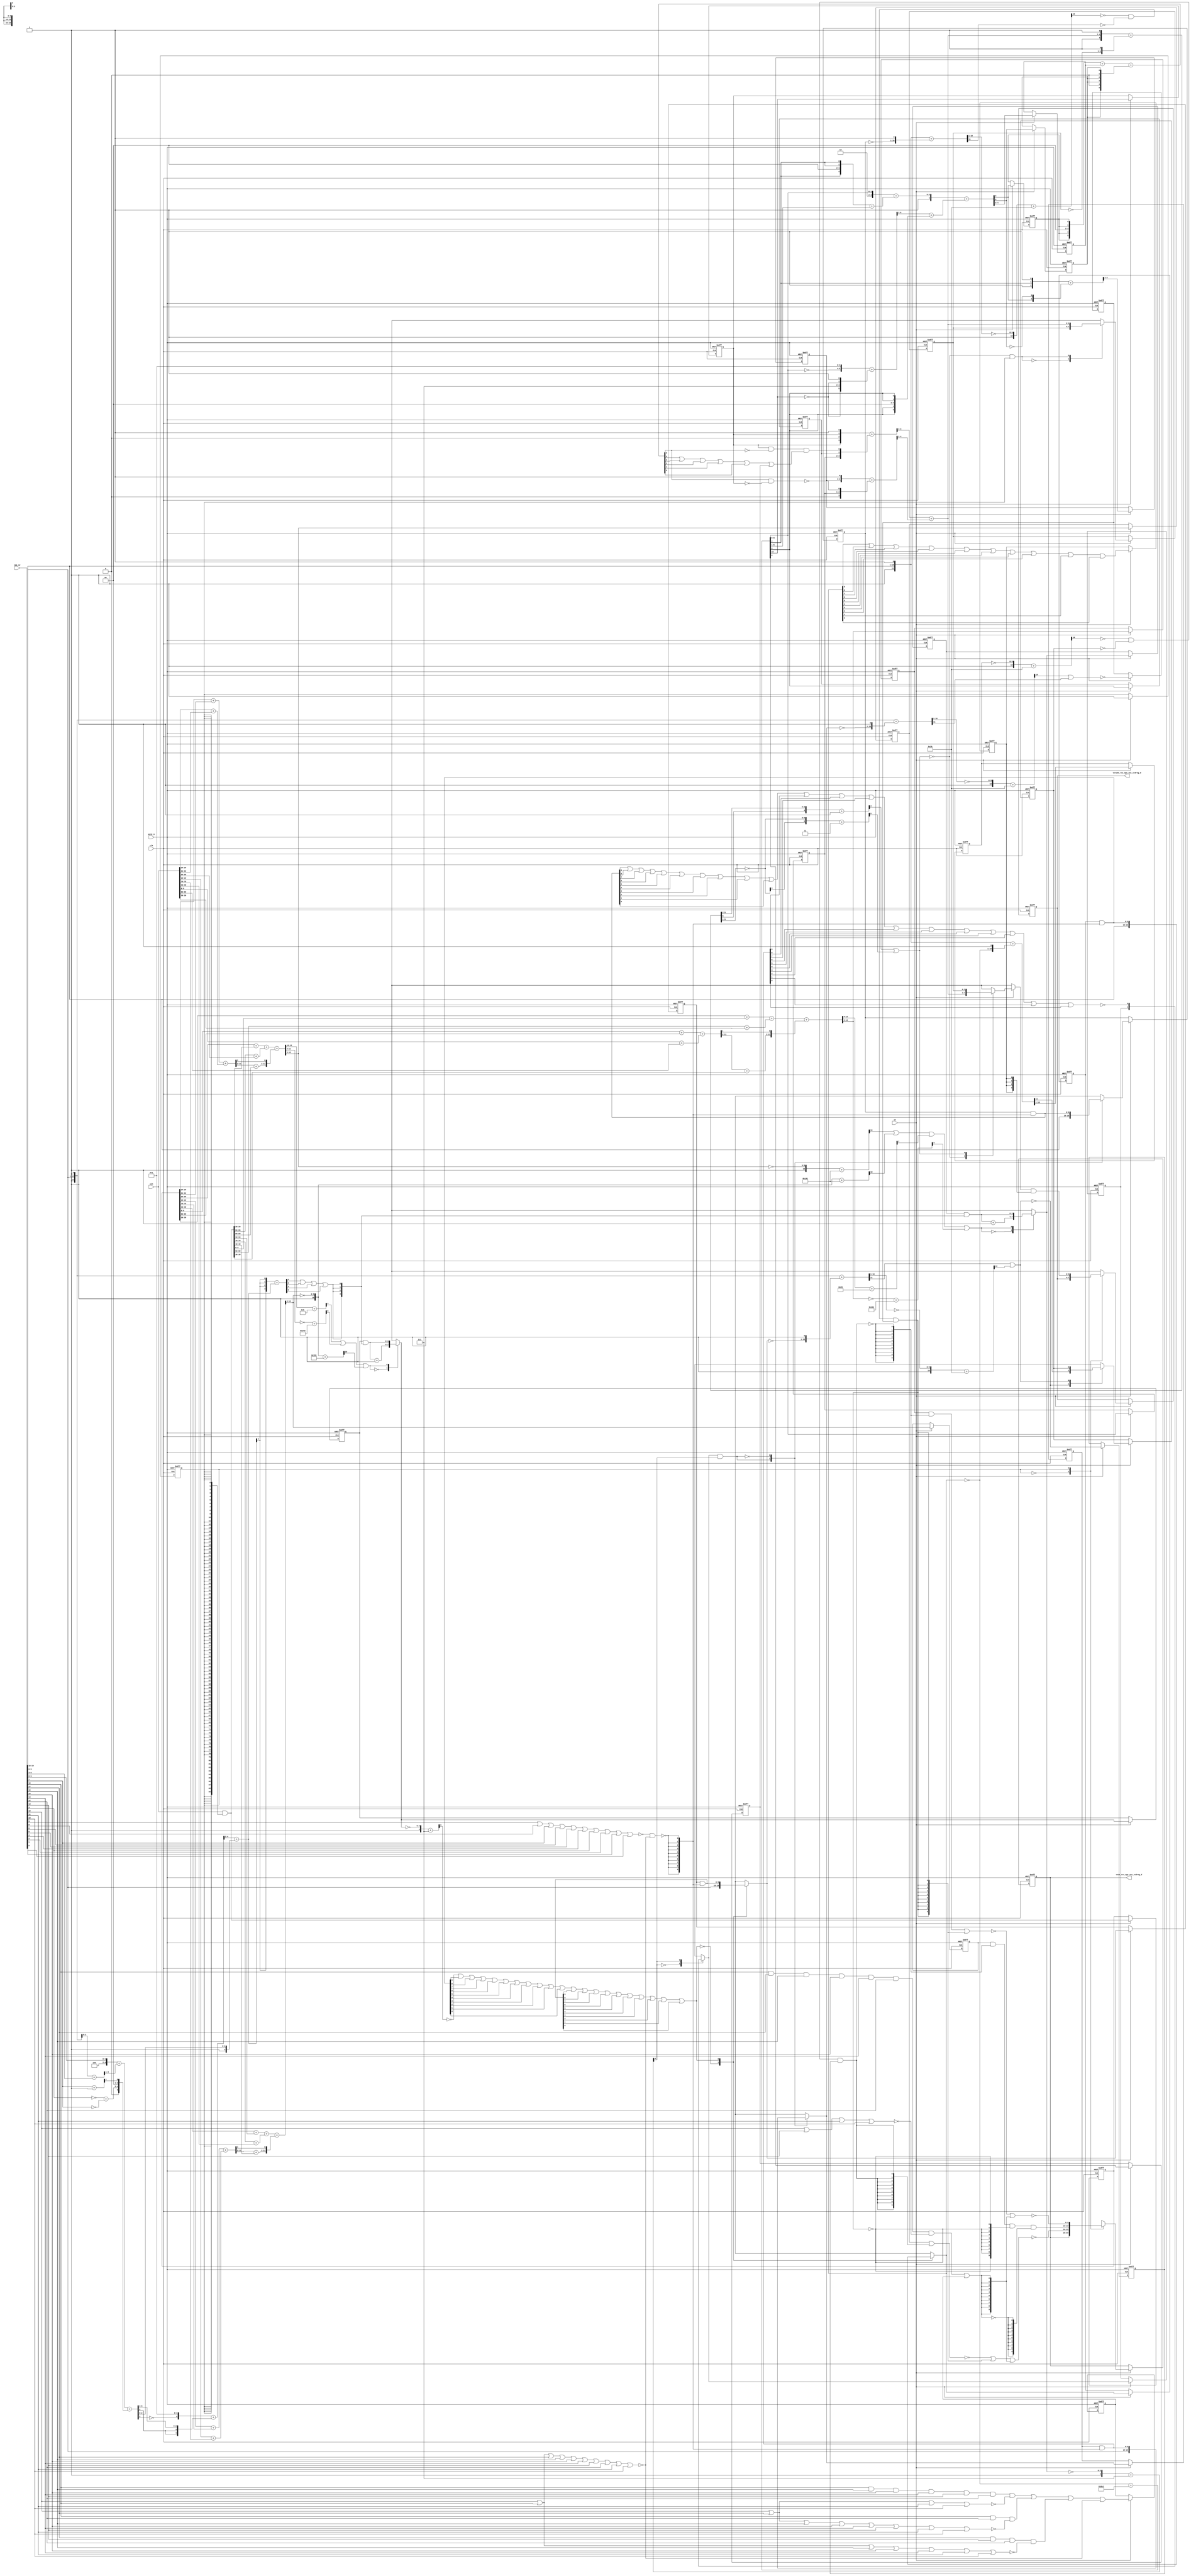
module gauss_blur_core (
  vin, vga_xy, clk, en, arst_n, vout_rsc_mgc_out_stdreg_d, volume_rsc_mgc_out_stdreg_d
);
  input [89:0] vin;
  input [19:0] vga_xy;
  input clk;
  input en;
  input arst_n;
  output [29:0] vout_rsc_mgc_out_stdreg_d;
  reg [29:0] vout_rsc_mgc_out_stdreg_d;
  output [3:0] volume_rsc_mgc_out_stdreg_d;
  reg [3:0] volume_rsc_mgc_out_stdreg_d;


  // Interconnect Declarations
  wire or_dcpl_8;
  wire not_tmp_8;
  reg [89:0] regs_regs_1_sva;
  reg [3:0] acc_12_0_sva;
  reg [3:0] acc_12_1_sva;
  reg [9:0] red_xy_0_sva;
  reg [9:0] red_xy_1_sva;
  reg [9:0] blue_xy_0_sva;
  reg [9:0] blue_xy_1_sva;
  reg [3:0] volume_previous_sva;
  reg if_9_land_lpi_1_dfm;
  reg [9:0] MAC1_acc_psp_sg1_sva_1;
  reg [9:0] MAC1_acc_39_psp_sg1_sva_1;
  reg [9:0] MAC1_acc_40_psp_sg1_sva_1;
  reg land_12_lpi_1_dfm_1;
  reg land_14_lpi_1_dfm_1;
  reg lor_3_lpi_1_dfm_1;
  reg [9:0] deltay_square_red_slc_deltay_square_red_acc_psp_itm_1;
  reg aif_41_slc_itm_1;
  reg volume_current_slc_conc_imod_sg1_5_itm_1;
  reg [4:0] volume_current_slc_conc_imod_sg1_2_itm_1;
  reg volume_current_slc_conc_imod_sg1_6_itm_1;
  reg [1:0] volume_current_slc_acc_idiv_10_itm_1;
  reg volume_current_slc_acc_idiv_11_itm_1;
  reg volume_current_slc_acc_idiv_5_itm_1;
  reg [1:0] volume_current_slc_1_itm_1;
  reg or_3_itm_1;
  reg main_stage_0_2;
  wire if_9_land_lpi_1_dfm_mx0;
  wire [3:0] acc_12_0_sva_dfm_1_mx0;
  wire [9:0] blue_xy_1_sva_dfm;
  wire [9:0] blue_xy_0_sva_dfm;
  reg reg_slc_acc_idiv_5_itm_1_cse;
  wire [9:0] red_xy_1_sva_dfm;
  wire [9:0] red_xy_0_sva_dfm;
  reg reg_deltay_square_blue_acc_psp_sva_tmp;
  wire or_16_cse;
  wire [11:0] deltay_square_blue_acc_1_itm;
  wire [12:0] nl_deltay_square_blue_acc_1_itm;
  wire [5:0] if_17_acc_1_itm;
  wire [6:0] nl_if_17_acc_1_itm;
  wire [12:0] MAC1_acc_itm;
  wire [13:0] nl_MAC1_acc_itm;
  wire [12:0] MAC1_acc_78_itm;
  wire [13:0] nl_MAC1_acc_78_itm;
  wire [12:0] MAC1_acc_79_itm;
  wire [13:0] nl_MAC1_acc_79_itm;
  wire [11:0] deltay_square_red_acc_1_itm;
  wire [12:0] nl_deltay_square_red_acc_1_itm;
  wire [10:0] aif_39_acc_itm;
  wire [11:0] nl_aif_39_acc_itm;
  wire [11:0] deltax_square_red_acc_1_itm;
  wire [12:0] nl_deltax_square_red_acc_1_itm;
  wire [11:0] deltax_square_blue_acc_1_itm;
  wire [12:0] nl_deltax_square_blue_acc_1_itm;
  wire [4:0] acc_3_itm;
  wire [5:0] nl_acc_3_itm;
  wire [89:0] regs_regs_0_sva_mx0;
  wire [3:0] volume_current_sva;
  wire [4:0] nl_volume_current_sva;
  wire land_11_lpi_1_dfm;
  wire land_13_lpi_1_dfm;
  wire lor_2_lpi_1_dfm;
  wire [5:0] conc_imod_1_sg1_sva;
  wire [7:0] nl_conc_imod_1_sg1_sva;
  wire [3:0] acc_12_0_sva_dfm;
  wire [3:0] acc_12_1_sva_dfm_1_mx0;
  wire [3:0] acc_12_1_sva_dfm;
  wire [9:0] red_xy_1_sva_dfm_2_mx0;
  wire [9:0] red_xy_0_sva_dfm_2_mx0;
  wire equal_1_cse_sva;
  wire [9:0] blue_xy_0_sva_dfm_2_mx0;
  wire [3:0] if_3_acc_svs;
  wire [4:0] nl_if_3_acc_svs;
  wire [3:0] if_3_acc_1_psp_sva;
  wire [4:0] nl_if_3_acc_1_psp_sva;
  wire [5:0] acc_imod_sva;
  wire [6:0] nl_acc_imod_sva;
  wire [10:0] acc_idiv_sva;
  wire [11:0] nl_acc_idiv_sva;
  wire [6:0] conc_imod_sg1_sva;
  wire [7:0] nl_conc_imod_sg1_sva;
  wire [11:0] MAC1_acc_45_itm;
  wire [12:0] nl_MAC1_acc_45_itm;
  wire [11:0] MAC1_acc_52_itm;
  wire [12:0] nl_MAC1_acc_52_itm;
  wire [11:0] MAC1_acc_59_itm;
  wire [12:0] nl_MAC1_acc_59_itm;
  wire nand_1_itm;
  wire or_itm;


  // Interconnect Declarations for Component Instantiations 
  assign or_16_cse = (readslicef_5_1_4((conv_s2u_4_5(if_17_acc_1_itm[5:2]) + 5'b1)))
      | (readslicef_6_1_5((conv_s2s_5_6(~ (if_17_acc_1_itm[5:1])) + 6'b11)));
  assign regs_regs_0_sva_mx0 = vin & ({{89{main_stage_0_2}}, main_stage_0_2});
  assign nl_deltay_square_blue_acc_1_itm = ({1'b1 , (vga_xy[19:10]) , 1'b1}) + conv_u2s_11_12({(~
      blue_xy_1_sva) , 1'b1});
  assign deltay_square_blue_acc_1_itm = nl_deltay_square_blue_acc_1_itm[11:0];
  assign nl_volume_current_sva = (readslicef_5_4_1((conv_u2u_4_5({reg_slc_acc_idiv_5_itm_1_cse
      , 1'b0 , reg_slc_acc_idiv_5_itm_1_cse , 1'b1}) + conv_u2u_4_5({volume_current_slc_acc_idiv_10_itm_1
      , volume_current_slc_acc_idiv_11_itm_1 , (reg_slc_acc_idiv_5_itm_1_cse & (~
      (conc_imod_1_sg1_sva[5])) & ((conc_imod_1_sg1_sva[4]) | (conc_imod_1_sg1_sva[3])
      | (conc_imod_1_sg1_sva[2]) | (conc_imod_1_sg1_sva[1]) | (conc_imod_1_sg1_sva[0])
      | volume_current_slc_acc_idiv_5_itm_1))})))) + (readslicef_5_4_1((conv_s2s_3_5({volume_current_slc_1_itm_1
      , 1'b1}) + conv_u2s_3_5({volume_current_slc_acc_idiv_10_itm_1 , (~((conc_imod_1_sg1_sva[5])
      & (~ reg_slc_acc_idiv_5_itm_1_cse)))}))));
  assign volume_current_sva = nl_volume_current_sva[3:0];
  assign nl_if_17_acc_1_itm = ({1'b1 , volume_current_sva , 1'b1}) + conv_u2s_5_6({(~
      volume_previous_sva) , 1'b1});
  assign if_17_acc_1_itm = nl_if_17_acc_1_itm[5:0];
  assign nl_MAC1_acc_45_itm = conv_u2u_11_12(conv_u2u_10_11(regs_regs_1_sva[29:20])
      + conv_u2u_10_11(regs_regs_1_sva[89:80])) + conv_u2u_11_12(conv_u2u_10_11(vin[29:20])
      + conv_u2u_10_11(vin[89:80]));
  assign MAC1_acc_45_itm = nl_MAC1_acc_45_itm[11:0];
  assign nl_MAC1_acc_itm = conv_u2u_12_13(conv_u2u_11_12(conv_u2u_10_11(regs_regs_1_sva[59:50])
      + conv_u2u_10_11(regs_regs_0_sva_mx0[29:20])) + conv_u2u_11_12(conv_u2u_10_11(regs_regs_0_sva_mx0[89:80])
      + conv_u2u_10_11(vin[59:50]))) + conv_u2u_12_13({(conv_u2u_10_11(MAC1_acc_45_itm[11:2])
      + conv_u2u_10_11(regs_regs_0_sva_mx0[59:50])) , (MAC1_acc_45_itm[1])});
  assign MAC1_acc_itm = nl_MAC1_acc_itm[12:0];
  assign land_11_lpi_1_dfm = (~ (readslicef_11_1_10((({1'b1 , (~ deltay_square_red_slc_deltay_square_red_acc_psp_itm_1)})
      + 11'b101001)))) & (~ aif_41_slc_itm_1) & land_12_lpi_1_dfm_1;
  assign land_13_lpi_1_dfm = (~ (readslicef_11_1_10((({1'b1 , (~ (deltay_square_blue_acc_1_itm[10:1]))})
      + 11'b101001)))) & (~ (deltay_square_blue_acc_1_itm[11])) & land_14_lpi_1_dfm_1;
  assign lor_2_lpi_1_dfm = ((vga_xy[18]) & (vga_xy[17]) & (vga_xy[16]) & (vga_xy[15])
      & (vga_xy[14]) & (vga_xy[12]) & (~((vga_xy[19]) | (vga_xy[13]) | (vga_xy[11])
      | (vga_xy[10])))) | lor_3_lpi_1_dfm_1;
  assign nl_MAC1_acc_52_itm = conv_u2u_11_12(conv_u2u_10_11(regs_regs_1_sva[19:10])
      + conv_u2u_10_11(regs_regs_1_sva[79:70])) + conv_u2u_11_12(conv_u2u_10_11(vin[19:10])
      + conv_u2u_10_11(vin[79:70]));
  assign MAC1_acc_52_itm = nl_MAC1_acc_52_itm[11:0];
  assign nl_MAC1_acc_78_itm = conv_u2u_12_13(conv_u2u_11_12(conv_u2u_10_11(regs_regs_1_sva[49:40])
      + conv_u2u_10_11(regs_regs_0_sva_mx0[19:10])) + conv_u2u_11_12(conv_u2u_10_11(regs_regs_0_sva_mx0[79:70])
      + conv_u2u_10_11(vin[49:40]))) + conv_u2u_12_13({(conv_u2u_10_11(MAC1_acc_52_itm[11:2])
      + conv_u2u_10_11(regs_regs_0_sva_mx0[49:40])) , (MAC1_acc_52_itm[1])});
  assign MAC1_acc_78_itm = nl_MAC1_acc_78_itm[12:0];
  assign nl_MAC1_acc_59_itm = conv_u2u_11_12(conv_u2u_10_11(regs_regs_1_sva[9:0])
      + conv_u2u_10_11(regs_regs_1_sva[69:60])) + conv_u2u_11_12(conv_u2u_10_11(vin[9:0])
      + conv_u2u_10_11(vin[69:60]));
  assign MAC1_acc_59_itm = nl_MAC1_acc_59_itm[11:0];
  assign nl_MAC1_acc_79_itm = conv_u2u_12_13(conv_u2u_11_12(conv_u2u_10_11(regs_regs_1_sva[39:30])
      + conv_u2u_10_11(regs_regs_0_sva_mx0[9:0])) + conv_u2u_11_12(conv_u2u_10_11(regs_regs_0_sva_mx0[69:60])
      + conv_u2u_10_11(vin[39:30]))) + conv_u2u_12_13({(conv_u2u_10_11(MAC1_acc_59_itm[11:2])
      + conv_u2u_10_11(regs_regs_0_sva_mx0[39:30])) , (MAC1_acc_59_itm[1])});
  assign MAC1_acc_79_itm = nl_MAC1_acc_79_itm[12:0];
  assign nl_conc_imod_1_sg1_sva = (conv_s2s_5_6({volume_current_slc_conc_imod_sg1_5_itm_1
      , 2'b0 , ({{1{volume_current_slc_conc_imod_sg1_5_itm_1}}, volume_current_slc_conc_imod_sg1_5_itm_1})})
      + conv_u2s_5_6(volume_current_slc_conc_imod_sg1_2_itm_1)) + ({volume_current_slc_conc_imod_sg1_6_itm_1
      , 1'b0 , ({{1{volume_current_slc_conc_imod_sg1_6_itm_1}}, volume_current_slc_conc_imod_sg1_6_itm_1})
      , 1'b0 , volume_current_slc_conc_imod_sg1_6_itm_1});
  assign conc_imod_1_sg1_sva = nl_conc_imod_1_sg1_sva[5:0];
  assign acc_12_0_sva_dfm_1_mx0 = MUX_v_4_2_2({(acc_12_0_sva_dfm + 4'b1) , acc_12_0_sva_dfm},
      (readslicef_4_1_3((conv_u2u_3_4(MAC1_acc_itm[12:10]) + 4'b1011))) | (readslicef_10_1_9((conv_u2s_9_10(~
      (MAC1_acc_itm[11:3])) + 10'b1111111101))) | (readslicef_11_1_10((({1'b1 , (~
      (MAC1_acc_78_itm[12:3]))}) + 11'b110010001))));
  assign acc_12_0_sva_dfm = acc_12_0_sva & ({{3{or_itm}}, or_itm});
  assign acc_12_1_sva_dfm_1_mx0 = MUX_v_4_2_2({(acc_12_1_sva_dfm + 4'b1) , acc_12_1_sva_dfm},
      (readslicef_11_1_10((({1'b1 , (~ (MAC1_acc_itm[12:3]))}) + 11'b101000001)))
      | (readslicef_11_1_10((({1'b1 , (~ (MAC1_acc_78_itm[12:3]))}) + 11'b101000001)))
      | (readslicef_8_1_7((conv_u2u_7_8(MAC1_acc_79_itm[12:6]) + 8'b11010011))) |
      (readslicef_10_1_9(((~ (MAC1_acc_79_itm[12:3])) + 10'b1011010001))));
  assign acc_12_1_sva_dfm = acc_12_1_sva & ({{3{or_itm}}, or_itm});
  assign red_xy_1_sva_dfm_2_mx0 = MUX_v_10_2_2({(vga_xy[19:10]) , red_xy_1_sva_dfm},
      or_dcpl_8);
  assign red_xy_0_sva_dfm_2_mx0 = MUX_v_10_2_2({(vga_xy[9:0]) , red_xy_0_sva_dfm},
      or_dcpl_8);
  assign red_xy_1_sva_dfm = red_xy_1_sva & ({{9{nand_1_itm}}, nand_1_itm});
  assign red_xy_0_sva_dfm = red_xy_0_sva & ({{9{nand_1_itm}}, nand_1_itm});
  assign if_9_land_lpi_1_dfm_mx0 = MUX_s_1_2_2({if_9_land_lpi_1_dfm , (~((blue_xy_1_sva_dfm[9])
      | (blue_xy_1_sva_dfm[8]) | (blue_xy_1_sva_dfm[7]) | (blue_xy_1_sva_dfm[6])
      | (blue_xy_1_sva_dfm[5]) | (blue_xy_1_sva_dfm[4]) | (blue_xy_1_sva_dfm[3])
      | (blue_xy_1_sva_dfm[2]) | (blue_xy_1_sva_dfm[1]) | (blue_xy_1_sva_dfm[0])
      | (blue_xy_0_sva_dfm[9]) | (blue_xy_0_sva_dfm[8]) | (blue_xy_0_sva_dfm[7])
      | (blue_xy_0_sva_dfm[6]) | (blue_xy_0_sva_dfm[5]) | (blue_xy_0_sva_dfm[4])
      | (blue_xy_0_sva_dfm[3]) | (blue_xy_0_sva_dfm[2]) | (blue_xy_0_sva_dfm[1])
      | (blue_xy_0_sva_dfm[0])))}, acc_3_itm[4]);
  assign blue_xy_1_sva_dfm = blue_xy_1_sva & ({{9{nand_1_itm}}, nand_1_itm});
  assign blue_xy_0_sva_dfm = blue_xy_0_sva & ({{9{nand_1_itm}}, nand_1_itm});
  assign nl_deltay_square_red_acc_1_itm = ({1'b1 , (vga_xy[19:10]) , 1'b1}) + conv_u2s_11_12({(~
      red_xy_1_sva_dfm_2_mx0) , 1'b1});
  assign deltay_square_red_acc_1_itm = nl_deltay_square_red_acc_1_itm[11:0];
  assign nl_aif_39_acc_itm = ({1'b1 , (~ (deltax_square_red_acc_1_itm[10:1]))}) +
      11'b101001;
  assign aif_39_acc_itm = nl_aif_39_acc_itm[10:0];
  assign nl_deltax_square_red_acc_1_itm = ({1'b1 , (vga_xy[9:0]) , 1'b1}) + conv_u2s_11_12({(~
      red_xy_0_sva_dfm_2_mx0) , 1'b1});
  assign deltax_square_red_acc_1_itm = nl_deltax_square_red_acc_1_itm[11:0];
  assign equal_1_cse_sva = ~((vga_xy[19]) | (vga_xy[18]) | (vga_xy[17]) | (vga_xy[16])
      | (vga_xy[15]) | (vga_xy[14]) | (vga_xy[13]) | (vga_xy[12]) | (vga_xy[11])
      | (vga_xy[10]));
  assign nl_deltax_square_blue_acc_1_itm = ({1'b1 , (vga_xy[9:0]) , 1'b1}) + conv_u2s_11_12({(~
      blue_xy_0_sva_dfm_2_mx0) , 1'b1});
  assign deltax_square_blue_acc_1_itm = nl_deltax_square_blue_acc_1_itm[11:0];
  assign blue_xy_0_sva_dfm_2_mx0 = MUX_v_10_2_2({(vga_xy[9:0]) , blue_xy_0_sva_dfm},
      not_tmp_8);
  assign nl_acc_3_itm = ({1'b1 , (~ acc_12_1_sva_dfm_1_mx0)}) + 5'b111;
  assign acc_3_itm = nl_acc_3_itm[4:0];
  assign nl_if_3_acc_svs = conv_s2u_1_4(if_3_acc_1_psp_sva[3]) + if_3_acc_1_psp_sva;
  assign if_3_acc_svs = nl_if_3_acc_svs[3:0];
  assign nl_if_3_acc_1_psp_sva = (readslicef_5_4_1((({(~ (acc_imod_sva[3])) , 4'b1})
      + conv_s2u_3_5(acc_imod_sva[5:3])))) + ({1'b1 , (acc_imod_sva[2:0])});
  assign if_3_acc_1_psp_sva = nl_if_3_acc_1_psp_sva[3:0];
  assign nl_acc_imod_sva = conv_s2s_5_6(({3'b100 , (vga_xy[9:8])}) + conv_u2s_4_5(readslicef_5_4_1((conv_u2u_4_5({(vga_xy[2:0])
      , 1'b1}) + conv_u2u_4_5(vga_xy[6:3]))))) + conv_u2s_5_6({(conv_u2u_1_2(~ (vga_xy[3]))
      + conv_u2u_1_2(~ (vga_xy[7]))) , 2'b0 , (readslicef_2_1_1((conv_u2u_1_2(vga_xy[7])
      + 2'b1)))});
  assign acc_imod_sva = nl_acc_imod_sva[5:0];
  assign nl_acc_idiv_sva = conv_u2s_10_11(~ red_xy_1_sva_dfm_2_mx0) + 11'b10111100001;
  assign acc_idiv_sva = nl_acc_idiv_sva[10:0];
  assign nl_conc_imod_sg1_sva = ({1'b1 , (conv_u2s_4_6({2'b10 , (acc_idiv_sva[9:8])})
      + (conv_u2u_5_6({(acc_idiv_sva[7]) , 2'b0 , (signext_2_1(acc_idiv_sva[7]))})
      + conv_u2u_5_6(acc_idiv_sva[5:1])))}) + conv_u2u_6_7((readslicef_7_6_1((conv_u2u_6_7({(~
      (acc_idiv_sva[9:8])) , 4'b1}) + conv_u2u_6_7({(~ (acc_idiv_sva[10])) , 3'b111
      , (~ (acc_idiv_sva[10])) , 1'b1})))) + conv_s2u_5_6({(acc_idiv_sva[6]) , 2'b0
      , (signext_2_1(acc_idiv_sva[6]))}));
  assign conc_imod_sg1_sva = nl_conc_imod_sg1_sva[6:0];
  assign nand_1_itm = ~((~((vga_xy[9]) | (vga_xy[8]) | (vga_xy[7]) | (vga_xy[6])
      | (vga_xy[5]) | (vga_xy[4]) | (vga_xy[3]) | (vga_xy[2]) | (vga_xy[1]) | (vga_xy[0])))
      & equal_1_cse_sva);
  assign or_itm = (if_3_acc_svs[3]) | (if_3_acc_svs[2]) | (if_3_acc_svs[1]) | (if_3_acc_svs[0]);
  assign or_dcpl_8 = (~ (readslicef_5_1_4((({1'b1 , (~ acc_12_0_sva_dfm_1_mx0)})
      + 5'b111)))) | (red_xy_1_sva_dfm[9]) | (red_xy_1_sva_dfm[8]) | (red_xy_1_sva_dfm[7])
      | (red_xy_1_sva_dfm[6]) | (red_xy_1_sva_dfm[5]) | (red_xy_1_sva_dfm[4]) | (red_xy_1_sva_dfm[3])
      | (red_xy_1_sva_dfm[2]) | (red_xy_1_sva_dfm[1]) | (red_xy_1_sva_dfm[0]) | (red_xy_0_sva_dfm[9])
      | (red_xy_0_sva_dfm[8]) | (red_xy_0_sva_dfm[7]) | (red_xy_0_sva_dfm[6]) | (red_xy_0_sva_dfm[5])
      | (red_xy_0_sva_dfm[4]) | (red_xy_0_sva_dfm[3]) | (red_xy_0_sva_dfm[2]) | (red_xy_0_sva_dfm[1])
      | (red_xy_0_sva_dfm[0]);
  assign not_tmp_8 = ~(if_9_land_lpi_1_dfm_mx0 & (acc_3_itm[4]));
  always @(posedge clk or negedge arst_n) begin
    if ( ~ arst_n ) begin
      vout_rsc_mgc_out_stdreg_d <= 30'b0;
      volume_rsc_mgc_out_stdreg_d <= 4'b0;
      deltay_square_red_slc_deltay_square_red_acc_psp_itm_1 <= 10'b0;
      volume_previous_sva <= 4'b0;
      MAC1_acc_psp_sg1_sva_1 <= 10'b0;
      MAC1_acc_39_psp_sg1_sva_1 <= 10'b0;
      MAC1_acc_40_psp_sg1_sva_1 <= 10'b0;
      lor_3_lpi_1_dfm_1 <= 1'b0;
      or_3_itm_1 <= 1'b0;
      reg_slc_acc_idiv_5_itm_1_cse <= 1'b0;
      volume_current_slc_acc_idiv_10_itm_1 <= 2'b0;
      volume_current_slc_acc_idiv_11_itm_1 <= 1'b0;
      volume_current_slc_acc_idiv_5_itm_1 <= 1'b0;
      volume_current_slc_1_itm_1 <= 2'b0;
      volume_current_slc_conc_imod_sg1_5_itm_1 <= 1'b0;
      volume_current_slc_conc_imod_sg1_2_itm_1 <= 5'b0;
      volume_current_slc_conc_imod_sg1_6_itm_1 <= 1'b0;
      land_14_lpi_1_dfm_1 <= 1'b0;
      aif_41_slc_itm_1 <= 1'b0;
      land_12_lpi_1_dfm_1 <= 1'b0;
      if_9_land_lpi_1_dfm <= 1'b0;
      blue_xy_1_sva <= 10'b0;
      blue_xy_0_sva <= 10'b0;
      red_xy_1_sva <= 10'b0;
      red_xy_0_sva <= 10'b0;
      acc_12_1_sva <= 4'b0;
      acc_12_0_sva <= 4'b0;
      regs_regs_1_sva <= 90'b0;
      main_stage_0_2 <= 1'b0;
      reg_deltay_square_blue_acc_psp_sva_tmp <= 1'b0;
    end
    else begin
      if ( en ) begin
        vout_rsc_mgc_out_stdreg_d <= MUX_v_30_2_2({vout_rsc_mgc_out_stdreg_d , ({(~((~(MAC1_acc_psp_sg1_sva_1
            | ({{9{land_11_lpi_1_dfm}}, land_11_lpi_1_dfm}))) | ({{9{land_13_lpi_1_dfm}},
            land_13_lpi_1_dfm}) | ({{9{lor_2_lpi_1_dfm}}, lor_2_lpi_1_dfm}))) , (MAC1_acc_39_psp_sg1_sva_1
            & (signext_10_1(~ land_11_lpi_1_dfm)) & (signext_10_1(~ land_13_lpi_1_dfm))
            & (signext_10_1(~ lor_2_lpi_1_dfm))) , (~((~((MAC1_acc_40_psp_sg1_sva_1
            & (signext_10_1(~ land_11_lpi_1_dfm))) | ({{9{land_13_lpi_1_dfm}}, land_13_lpi_1_dfm})))
            | ({{9{lor_2_lpi_1_dfm}}, lor_2_lpi_1_dfm})))})}, main_stage_0_2);
        volume_rsc_mgc_out_stdreg_d <= MUX_v_4_2_2({volume_rsc_mgc_out_stdreg_d ,
            ((MUX_v_4_2_2({volume_current_sva , volume_previous_sva}, or_16_cse))
            & ({{3{or_3_itm_1}}, or_3_itm_1}))}, main_stage_0_2);
        deltay_square_red_slc_deltay_square_red_acc_psp_itm_1 <= deltay_square_red_acc_1_itm[10:1];
        volume_previous_sva <= MUX_v_4_2_2({volume_previous_sva , volume_current_sva},
            (~ or_16_cse) & main_stage_0_2);
        MAC1_acc_psp_sg1_sva_1 <= MAC1_acc_itm[12:3];
        MAC1_acc_39_psp_sg1_sva_1 <= MAC1_acc_78_itm[12:3];
        MAC1_acc_40_psp_sg1_sva_1 <= MAC1_acc_79_itm[12:3];
        lor_3_lpi_1_dfm_1 <= ((vga_xy[18]) & (vga_xy[16]) & (vga_xy[15]) & (vga_xy[14])
            & (vga_xy[13]) & (vga_xy[12]) & (~((vga_xy[19]) | (vga_xy[17]) | (vga_xy[11])
            | (vga_xy[10])))) | ((vga_xy[18]) & (vga_xy[12]) & (~((vga_xy[19]) |
            (vga_xy[17]) | (vga_xy[16]) | (vga_xy[15]) | (vga_xy[14]) | (vga_xy[13])
            | (vga_xy[11]) | (vga_xy[10])))) | ((vga_xy[17]) & (vga_xy[13]) & (vga_xy[12])
            & (~((vga_xy[19]) | (vga_xy[18]) | (vga_xy[16]) | (vga_xy[15]) | (vga_xy[14])
            | (vga_xy[11]) | (vga_xy[10])))) | equal_1_cse_sva;
        or_3_itm_1 <= (red_xy_1_sva_dfm_2_mx0[9]) | (red_xy_1_sva_dfm_2_mx0[8]) |
            (red_xy_1_sva_dfm_2_mx0[7]) | (red_xy_1_sva_dfm_2_mx0[6]) | (red_xy_1_sva_dfm_2_mx0[5])
            | (red_xy_1_sva_dfm_2_mx0[4]) | (red_xy_1_sva_dfm_2_mx0[3]) | (red_xy_1_sva_dfm_2_mx0[2])
            | (red_xy_1_sva_dfm_2_mx0[1]) | (red_xy_1_sva_dfm_2_mx0[0]);
        reg_slc_acc_idiv_5_itm_1_cse <= acc_idiv_sva[10];
        volume_current_slc_acc_idiv_10_itm_1 <= acc_idiv_sva[9:8];
        volume_current_slc_acc_idiv_11_itm_1 <= acc_idiv_sva[6];
        volume_current_slc_acc_idiv_5_itm_1 <= acc_idiv_sva[0];
        volume_current_slc_1_itm_1 <= readslicef_3_2_1((({1'b1 , (acc_idiv_sva[7])
            , 1'b1}) + conv_u2s_2_3({(conc_imod_sg1_sva[5]) , (~ (conc_imod_sg1_sva[6]))})));
        volume_current_slc_conc_imod_sg1_5_itm_1 <= conc_imod_sg1_sva[5];
        volume_current_slc_conc_imod_sg1_2_itm_1 <= conc_imod_sg1_sva[4:0];
        volume_current_slc_conc_imod_sg1_6_itm_1 <= conc_imod_sg1_sva[6];
        land_14_lpi_1_dfm_1 <= ~((readslicef_11_1_10((({1'b1 , (~ (deltax_square_blue_acc_1_itm[10:1]))})
            + 11'b101001))) | (deltax_square_blue_acc_1_itm[11]));
        aif_41_slc_itm_1 <= MUX_s_1_2_2({(deltay_square_red_acc_1_itm[11]) , aif_41_slc_itm_1},
            (deltax_square_red_acc_1_itm[11]) | (aif_39_acc_itm[10]));
        land_12_lpi_1_dfm_1 <= ~((aif_39_acc_itm[10]) | (deltax_square_red_acc_1_itm[11]));
        if_9_land_lpi_1_dfm <= if_9_land_lpi_1_dfm_mx0;
        blue_xy_1_sva <= MUX_v_10_2_2({(vga_xy[19:10]) , blue_xy_1_sva_dfm}, not_tmp_8);
        blue_xy_0_sva <= blue_xy_0_sva_dfm_2_mx0;
        red_xy_1_sva <= red_xy_1_sva_dfm_2_mx0;
        red_xy_0_sva <= red_xy_0_sva_dfm_2_mx0;
        acc_12_1_sva <= acc_12_1_sva_dfm_1_mx0;
        acc_12_0_sva <= acc_12_0_sva_dfm_1_mx0;
        regs_regs_1_sva <= regs_regs_0_sva_mx0;
        main_stage_0_2 <= 1'b1;
        reg_deltay_square_blue_acc_psp_sva_tmp <= MUX_s_1_2_2({reg_deltay_square_blue_acc_psp_sva_tmp
            , (MUX_s_1_2_2({reg_deltay_square_blue_acc_psp_sva_tmp , (deltay_square_blue_acc_1_itm[11])},
            land_14_lpi_1_dfm_1))}, main_stage_0_2);
      end
    end
  end

  function [0:0] readslicef_5_1_4;
    input [4:0] vector;
    reg [4:0] tmp;
  begin
    tmp = vector >> 4;
    readslicef_5_1_4 = tmp[0:0];
  end
  endfunction


  function [0:0] readslicef_6_1_5;
    input [5:0] vector;
    reg [5:0] tmp;
  begin
    tmp = vector >> 5;
    readslicef_6_1_5 = tmp[0:0];
  end
  endfunction


  function [3:0] readslicef_5_4_1;
    input [4:0] vector;
    reg [4:0] tmp;
  begin
    tmp = vector >> 1;
    readslicef_5_4_1 = tmp[3:0];
  end
  endfunction


  function [0:0] readslicef_11_1_10;
    input [10:0] vector;
    reg [10:0] tmp;
  begin
    tmp = vector >> 10;
    readslicef_11_1_10 = tmp[0:0];
  end
  endfunction


  function [3:0] MUX_v_4_2_2;
    input [7:0] inputs;
    input [0:0] sel;
    reg [3:0] result;
  begin
    case (sel)
      1'b0 : begin
        result = inputs[7:4];
      end
      1'b1 : begin
        result = inputs[3:0];
      end
      default : begin
        result = inputs[7:4];
      end
    endcase
    MUX_v_4_2_2 = result;
  end
  endfunction


  function [0:0] readslicef_4_1_3;
    input [3:0] vector;
    reg [3:0] tmp;
  begin
    tmp = vector >> 3;
    readslicef_4_1_3 = tmp[0:0];
  end
  endfunction


  function [0:0] readslicef_10_1_9;
    input [9:0] vector;
    reg [9:0] tmp;
  begin
    tmp = vector >> 9;
    readslicef_10_1_9 = tmp[0:0];
  end
  endfunction


  function [0:0] readslicef_8_1_7;
    input [7:0] vector;
    reg [7:0] tmp;
  begin
    tmp = vector >> 7;
    readslicef_8_1_7 = tmp[0:0];
  end
  endfunction


  function [9:0] MUX_v_10_2_2;
    input [19:0] inputs;
    input [0:0] sel;
    reg [9:0] result;
  begin
    case (sel)
      1'b0 : begin
        result = inputs[19:10];
      end
      1'b1 : begin
        result = inputs[9:0];
      end
      default : begin
        result = inputs[19:10];
      end
    endcase
    MUX_v_10_2_2 = result;
  end
  endfunction


  function [0:0] MUX_s_1_2_2;
    input [1:0] inputs;
    input [0:0] sel;
    reg [0:0] result;
  begin
    case (sel)
      1'b0 : begin
        result = inputs[1:1];
      end
      1'b1 : begin
        result = inputs[0:0];
      end
      default : begin
        result = inputs[1:1];
      end
    endcase
    MUX_s_1_2_2 = result;
  end
  endfunction


  function [0:0] readslicef_2_1_1;
    input [1:0] vector;
    reg [1:0] tmp;
  begin
    tmp = vector >> 1;
    readslicef_2_1_1 = tmp[0:0];
  end
  endfunction


  function [1:0] signext_2_1;
    input [0:0] vector;
  begin
    signext_2_1= {{1{vector[0]}}, vector};
  end
  endfunction


  function [5:0] readslicef_7_6_1;
    input [6:0] vector;
    reg [6:0] tmp;
  begin
    tmp = vector >> 1;
    readslicef_7_6_1 = tmp[5:0];
  end
  endfunction


  function [29:0] MUX_v_30_2_2;
    input [59:0] inputs;
    input [0:0] sel;
    reg [29:0] result;
  begin
    case (sel)
      1'b0 : begin
        result = inputs[59:30];
      end
      1'b1 : begin
        result = inputs[29:0];
      end
      default : begin
        result = inputs[59:30];
      end
    endcase
    MUX_v_30_2_2 = result;
  end
  endfunction


  function [9:0] signext_10_1;
    input [0:0] vector;
  begin
    signext_10_1= {{9{vector[0]}}, vector};
  end
  endfunction


  function [1:0] readslicef_3_2_1;
    input [2:0] vector;
    reg [2:0] tmp;
  begin
    tmp = vector >> 1;
    readslicef_3_2_1 = tmp[1:0];
  end
  endfunction


  function  [4:0] conv_s2u_4_5 ;
    input signed [3:0]  vector ;
  begin
    conv_s2u_4_5 = {vector[3], vector};
  end
  endfunction


  function signed [5:0] conv_s2s_5_6 ;
    input signed [4:0]  vector ;
  begin
    conv_s2s_5_6 = {vector[4], vector};
  end
  endfunction


  function signed [11:0] conv_u2s_11_12 ;
    input [10:0]  vector ;
  begin
    conv_u2s_11_12 = {1'b0, vector};
  end
  endfunction


  function  [4:0] conv_u2u_4_5 ;
    input [3:0]  vector ;
  begin
    conv_u2u_4_5 = {1'b0, vector};
  end
  endfunction


  function signed [4:0] conv_s2s_3_5 ;
    input signed [2:0]  vector ;
  begin
    conv_s2s_3_5 = {{2{vector[2]}}, vector};
  end
  endfunction


  function signed [4:0] conv_u2s_3_5 ;
    input [2:0]  vector ;
  begin
    conv_u2s_3_5 = {{2{1'b0}}, vector};
  end
  endfunction


  function signed [5:0] conv_u2s_5_6 ;
    input [4:0]  vector ;
  begin
    conv_u2s_5_6 = {1'b0, vector};
  end
  endfunction


  function  [11:0] conv_u2u_11_12 ;
    input [10:0]  vector ;
  begin
    conv_u2u_11_12 = {1'b0, vector};
  end
  endfunction


  function  [10:0] conv_u2u_10_11 ;
    input [9:0]  vector ;
  begin
    conv_u2u_10_11 = {1'b0, vector};
  end
  endfunction


  function  [12:0] conv_u2u_12_13 ;
    input [11:0]  vector ;
  begin
    conv_u2u_12_13 = {1'b0, vector};
  end
  endfunction


  function  [3:0] conv_u2u_3_4 ;
    input [2:0]  vector ;
  begin
    conv_u2u_3_4 = {1'b0, vector};
  end
  endfunction


  function signed [9:0] conv_u2s_9_10 ;
    input [8:0]  vector ;
  begin
    conv_u2s_9_10 = {1'b0, vector};
  end
  endfunction


  function  [7:0] conv_u2u_7_8 ;
    input [6:0]  vector ;
  begin
    conv_u2u_7_8 = {1'b0, vector};
  end
  endfunction


  function  [3:0] conv_s2u_1_4 ;
    input signed [0:0]  vector ;
  begin
    conv_s2u_1_4 = {{3{vector[0]}}, vector};
  end
  endfunction


  function  [4:0] conv_s2u_3_5 ;
    input signed [2:0]  vector ;
  begin
    conv_s2u_3_5 = {{2{vector[2]}}, vector};
  end
  endfunction


  function signed [4:0] conv_u2s_4_5 ;
    input [3:0]  vector ;
  begin
    conv_u2s_4_5 = {1'b0, vector};
  end
  endfunction


  function  [1:0] conv_u2u_1_2 ;
    input [0:0]  vector ;
  begin
    conv_u2u_1_2 = {1'b0, vector};
  end
  endfunction


  function signed [10:0] conv_u2s_10_11 ;
    input [9:0]  vector ;
  begin
    conv_u2s_10_11 = {1'b0, vector};
  end
  endfunction


  function signed [5:0] conv_u2s_4_6 ;
    input [3:0]  vector ;
  begin
    conv_u2s_4_6 = {{2{1'b0}}, vector};
  end
  endfunction


  function  [5:0] conv_u2u_5_6 ;
    input [4:0]  vector ;
  begin
    conv_u2u_5_6 = {1'b0, vector};
  end
  endfunction


  function  [6:0] conv_u2u_6_7 ;
    input [5:0]  vector ;
  begin
    conv_u2u_6_7 = {1'b0, vector};
  end
  endfunction


  function  [5:0] conv_s2u_5_6 ;
    input signed [4:0]  vector ;
  begin
    conv_s2u_5_6 = {vector[4], vector};
  end
  endfunction


  function signed [2:0] conv_u2s_2_3 ;
    input [1:0]  vector ;
  begin
    conv_u2s_2_3 = {1'b0, vector};
  end
  endfunction

endmodule
module gauss_blur (
  vin, vout_rsc_z, vga_xy, volume_rsc_z, clk, en, arst_n
);
  input [89:0] vin;
  output [29:0] vout_rsc_z;
  input [19:0] vga_xy;
  output [3:0] volume_rsc_z;
  input clk;
  input en;
  input arst_n;


  // Interconnect Declarations
  wire [29:0] vout_rsc_mgc_out_stdreg_d;
  wire [3:0] volume_rsc_mgc_out_stdreg_d;


  // Interconnect Declarations for Component Instantiations 
  mgc_out_stdreg #(.rscid(2),
  .width(30)) vout_rsc_mgc_out_stdreg (
      .d(vout_rsc_mgc_out_stdreg_d),
      .z(vout_rsc_z)
    );
  mgc_out_stdreg #(.rscid(4),
  .width(4)) volume_rsc_mgc_out_stdreg (
      .d(volume_rsc_mgc_out_stdreg_d),
      .z(volume_rsc_z)
    );
  gauss_blur_core gauss_blur_core_inst (
      .vin(vin),
      .vga_xy(vga_xy),
      .clk(clk),
      .en(en),
      .arst_n(arst_n),
      .vout_rsc_mgc_out_stdreg_d(vout_rsc_mgc_out_stdreg_d),
      .volume_rsc_mgc_out_stdreg_d(volume_rsc_mgc_out_stdreg_d)
    );
endmodule